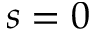
s = 0